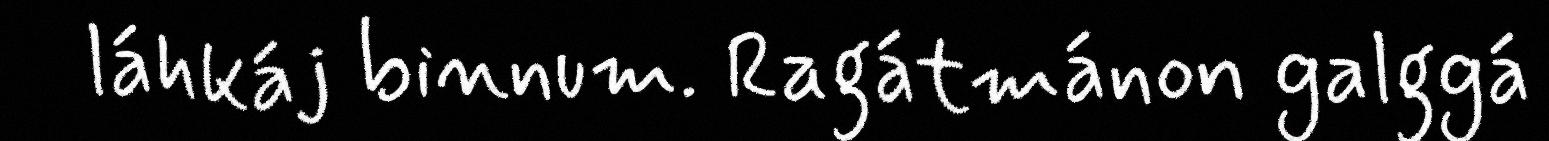
láhkáj binnum. Ragátmánon galggá